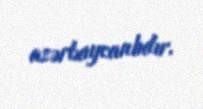
azərbaycanlıdır.